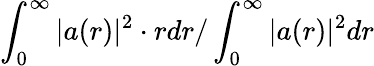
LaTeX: \int_{0}^{\infty}\vert a(r)\vert^{2}\cdot rdr/\int_{0}^{\infty}\vert a(r)\vert^{2}dr